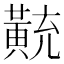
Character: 𪎽